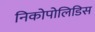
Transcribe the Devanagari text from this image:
निकोपोलिडिस